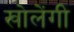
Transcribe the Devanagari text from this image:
खोलेंगी